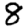
Digit: 8